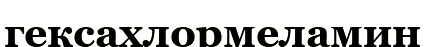
гексахлормеламин